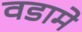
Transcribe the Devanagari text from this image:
वडामे